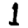
Digit: 1